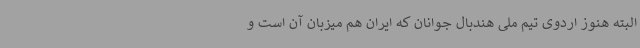
البته هنوز اردوی تیم ملی هندبال جوانان که ایران هم میزبان آن است و